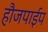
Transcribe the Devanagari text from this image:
हौजपाईप